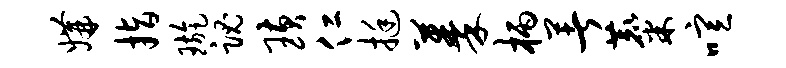
媾指璇魂璜仁挺蓁柄著麋喧